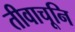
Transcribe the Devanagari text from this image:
तीवाचूनि